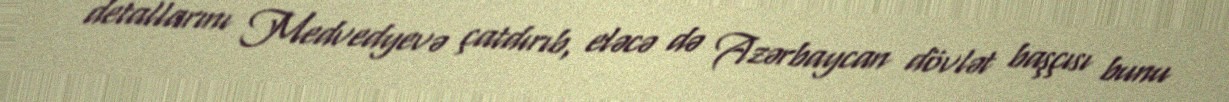
detallarını Medvedyevə çatdırıb, eləcə də Azərbaycan dövlət başçısı bunu